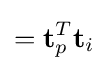
={\textbf {t}}_{p}^{T}{\textbf {t}}_{i}